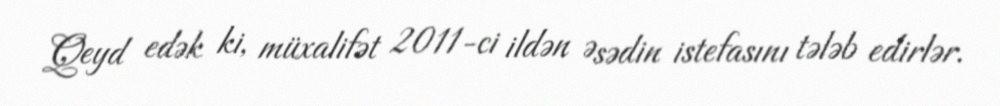
Qeyd edək ki, müxalifət 2011-ci ildən Əsədin istefasını tələb edirlər.